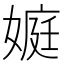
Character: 𡟾